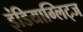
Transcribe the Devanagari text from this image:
इंडियाग्लिट्ज